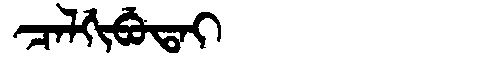
Manchu: ᠴᠠᠯᡤᡳᠪᡠᡨᠠᡳ
Romanization: CALGIBUTAI